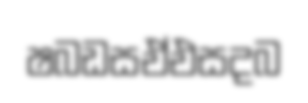
ෂබඩසඒඑසදබ